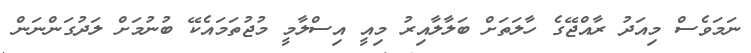
ނަމަވެސް މިއަދު ރާއްޖޭގެ ހާލަތަށް ބަލާލާއިރު މިއީ އިސްލާމީ މުޖުތަމައެކޭ ބުނުމަށް ލަދުގަންނަން